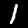
Label: 1